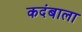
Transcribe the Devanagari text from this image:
कदंबाला